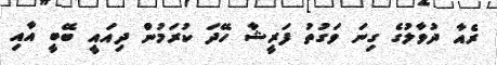
ރެއާ ދުވާލުގެ ގިނަ ވަގުތު ފަރީޝާ ހޭދަ ކުރަމުން ދިއައީ ބޭބީ އާއި